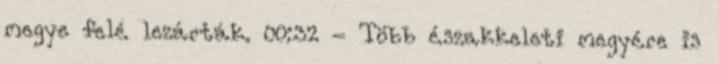
megye felé lezárták. 00:32 - Több északkeleti megyére is